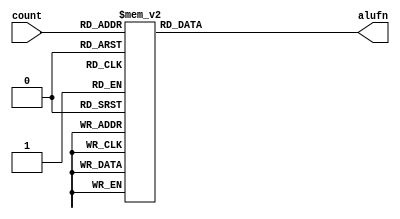
/*
   This file was generated automatically by the Mojo IDE version B1.3.6.
   Do not edit this file directly. Instead edit the original Lucid source.
   This is a temporary file and any changes made to it will be destroyed.
*/

module alufn_count_5 (
    input [3:0] count,
    output reg [5:0] alufn
  );
  
  
  
  always @* begin
    
    case (count)
      4'h0: begin
        alufn = 6'h00;
      end
      4'h1: begin
        alufn = 6'h01;
      end
      4'h2: begin
        alufn = 6'h02;
      end
      4'h3: begin
        alufn = 6'h18;
      end
      4'h4: begin
        alufn = 6'h17;
      end
      4'h5: begin
        alufn = 6'h1e;
      end
      4'h6: begin
        alufn = 6'h16;
      end
      4'h7: begin
        alufn = 6'h1a;
      end
      4'h8: begin
        alufn = 6'h1c;
      end
      4'h9: begin
        alufn = 6'h20;
      end
      4'ha: begin
        alufn = 6'h21;
      end
      4'hb: begin
        alufn = 6'h23;
      end
      4'hc: begin
        alufn = 6'h35;
      end
      4'hd: begin
        alufn = 6'h39;
      end
      4'hf: begin
        alufn = 6'h3d;
      end
      default: begin
        alufn = 6'h00;
      end
    endcase
  end
endmodule